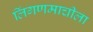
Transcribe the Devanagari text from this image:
लिंगणमाचीला